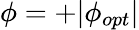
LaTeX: \phi=+|\phi_{opt}|